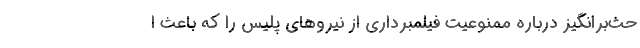
حث‌برانگیز درباره ممنوعیت فیلمبرداری از نیروهای پلیس را که باعث ا